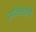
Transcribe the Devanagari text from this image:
सामिलकीचे